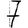
Digit: 7